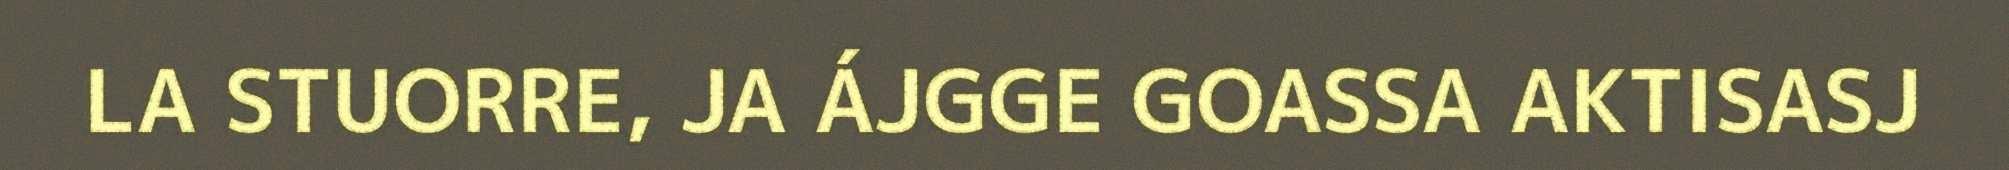
LA STUORRE, JA ÁJGGE GOASSA AKTISASJ